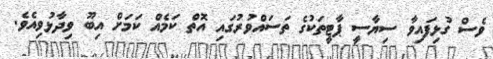
ވެސް ގުޅިފައިވާ ސިޔާސީ ޕާޓީތަކުގެ ތަސައްވުރުގައި އޮތް ކަމެއް ކަމަށް އިބޫ ވިދާޅުވިއެވެ.